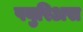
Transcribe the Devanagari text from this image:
फ्युरिअस